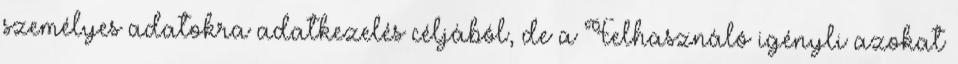
személyes adatokra adatkezelés céljából, de a Felhasználó igényli azokat